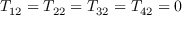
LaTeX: T _ { 1 2 } = T _ { 2 2 } = T _ { 3 2 } = T _ { 4 2 } = 0